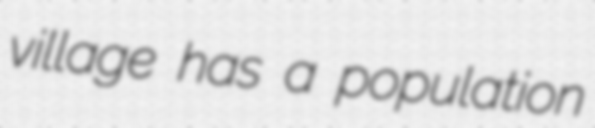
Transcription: village has a population